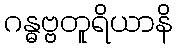
ဂန္ဓဗ္ဗတူရိယာနိ